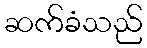
ဆက်ခံသည်